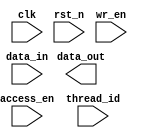
//copilot mean_prob: 0.8058324214001457
//This file was assembled by gen.py, written by redactedAuthorFirstname redactedAuthorLastname.
//A secured verilog register 
//Can only be read and written by threads with id == 0
//Inputs: clk, rst_n, data_in, wr_en, access_en, thread_id
//Outputs: data_out
module secure_register
#(
    parameter DATA_WIDTH = 32
) (
    //-copilot next line-
//copilot mean_prob: 0.8058324214001457

    input clk, rst_n,
    input [DATA_WIDTH-1:0] data_in,
    input wr_en, access_en,
    input thread_id,
    output reg [DATA_WIDTH-1:0] data_out

);


endmodule